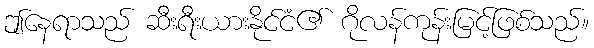
ဤနေရာသည် ဆီးရီးယားနိုင်ငံ၏ ဂိုလန်ကုန်းမြင့်ဖြစ်သည်။